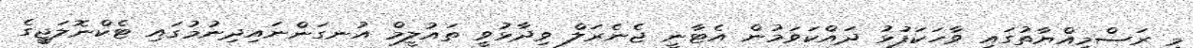
މި ރަސްމިއްޔާތުގައި ވާހަކަފުޅު ދައްކަވަމުން އެޓާނީ ޖެނެރަލް ވިދާޅުވީ ތައުލީމް އުނގަންނައިދިނުމުގައި ޓެކްނޮލަޖީގެ